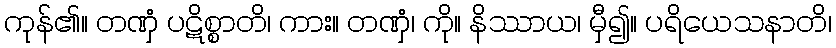
ကုန်၏။ တဏှံ ပဋိစ္စာတိ၊ ကား။ တဏှံ၊ ကို။ နိဿာယ၊ မှီ၍။ ပရိယေသနာတိ၊